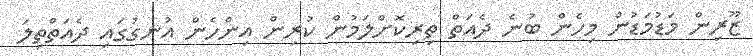
ޒޫރިން މަޑުމަޑުން މިހެން ބުނެ ދެއަތް ތިރިކޮށްލަމުން ކުރިން އިންހެން އުނގުގައި ދެއަތްތިލަ